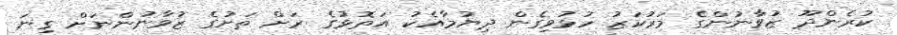
ކުރެންދޫ ޒުވާނުންގެ މަރުކަޒު ހުޅުވިގެން ދިޔުމާއެކު އަތޮޅުގެ ރަށް ތަށުގެ ޒުވާނުންނަށް ގިނަ